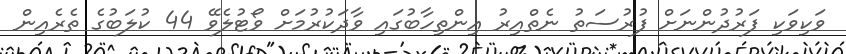
ވަކިވަކި ފަރުދުންނަށް ފުުރުސަތު ނެތްއިރު އިންތިހާބުގައި ވާދަކުރުމަށް ވޯޓުލެވޭ 44 ކުލަބުގެ ތެރެއިން